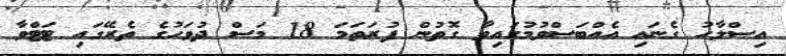
އިސްލާހު ގެނައި އެއްބަސްވުމުގައިވާ ގޮތުން ފުރަތަމަ 18 މަސް ދުވަހުގެ ތެރޭގައި ޓަޓްވާ